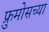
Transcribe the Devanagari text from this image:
फ्रुमोसच्या